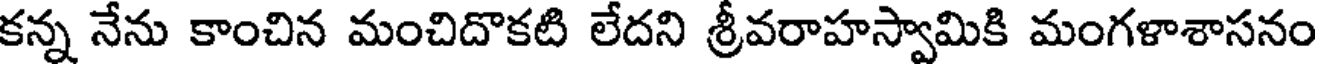
కన్న నేను కాంచిన మంచిదొకటి లేదని శ్రీవరాహస్వామికి మంగళాశాసనం